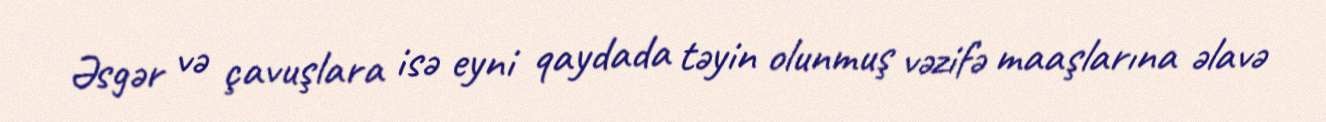
Əsgər və çavuşlara isə eyni qaydada təyin olunmuş vəzifə maaşlarına əlavə